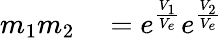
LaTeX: \begin{array}{rl}{m_{1}m_{2}}&{{}=e^{\frac{V_{1}}{V_{e}}}e^{\frac{V_{2}}{V_{e}}}}\end{array}